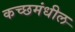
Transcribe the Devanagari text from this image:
कच्छमंधील